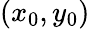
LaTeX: (x_{0},y_{0})